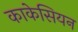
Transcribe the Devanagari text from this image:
काकेसियन